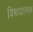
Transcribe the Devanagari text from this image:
विषादात्मक